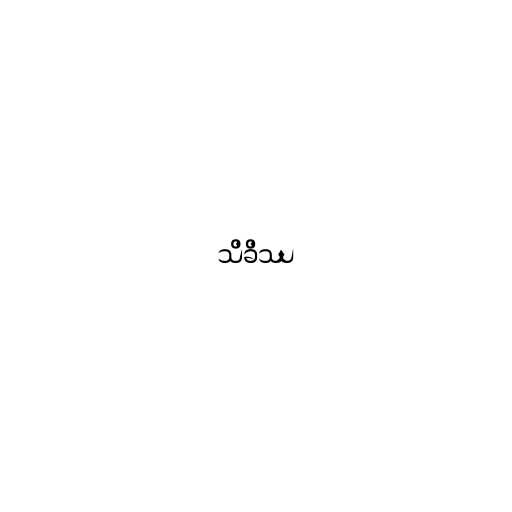
သိခိဿ